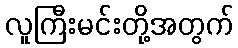
လူကြီးမင်းတို့အတွက်